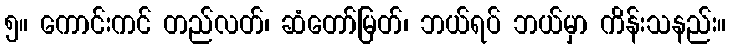
၅။ ကောင်းကင် တည်လတ်၊ ဆံတော်မြတ်၊ ဘယ်ရပ် ဘယ်မှာ ကိန်းသနည်း။